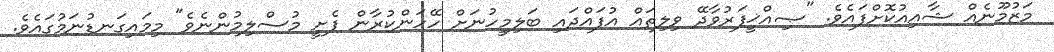
މަޒުމޫނެއް ޝާއިއުކޮށްފައެވެ. "ޞިއްޚީފަރުވާދޭ ވިލިތައް އުފައްދައި ބަލިމީހުނަށް ހޭހަންކުރާން ފެށީ މުސްލިމުންނެވެ" މިމައިގަނޑުނަމުގައެވެ.